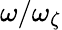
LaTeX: \omega/\omega_{\zeta}